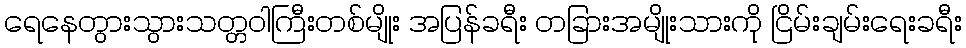
ရေနေတွားသွားသတ္တဝါကြီးတစ်မျိုး အပြန်ခရီး တခြားအမျိုးသားကို ငြိမ်းချမ်းရေးခရီး